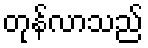
တုန်လာသည်